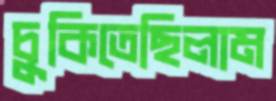
চুকিতেছিলাম